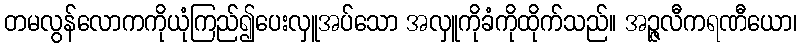
တမလွန်လောကကိုယုံကြည်၍ပေးလှူအပ်သော အလှူကိုခံကိုထိုက်သည်။ အဉ္ဇလီကရဏီယော၊